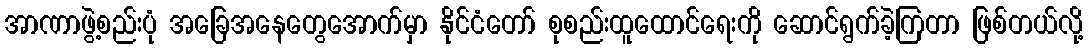
အာဏာဖွဲ့စည်းပုံ အခြေအနေတွေအောက်မှာ နိုင်ငံတော် စုစည်းထူထောင်ရေးကို ဆောင်ရွက်ခဲ့ကြတာ ဖြစ်တယ်လို့